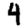
Digit: 4